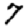
Digit: 7